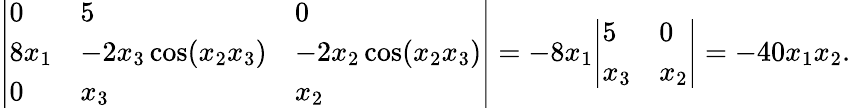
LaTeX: {\left|\begin{array}{lll}{0}&{5}&{0}\\ {8x_{1}}&{-2x_{3}\cos(x_{2}x_{3})}&{-2x_{2}\cos(x_{2}x_{3})}\\ {0}&{x_{3}}&{x_{2}}\end{array}\right|}=-8x_{1}{\left|\begin{array}{ll}{5}&{0}\\ {x_{3}}&{x_{2}}\end{array}\right|}=-40x_{1}x_{2}.